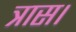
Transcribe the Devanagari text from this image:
त्रास।